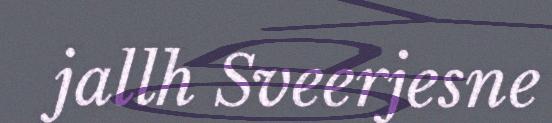
jallh Sveerjesne